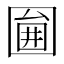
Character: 𡈇